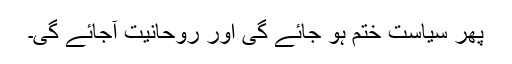
پھر سیاست ختم ہو جائے گی اور روحانیت آجائے گی۔